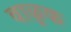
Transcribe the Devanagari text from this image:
वाळुक